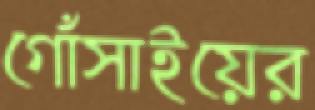
গোঁসাইয়ের